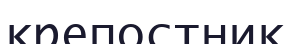
крепостник